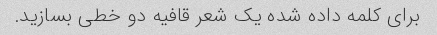
برای کلمه داده شده یک شعر قافیه دو خطی بسازید.